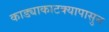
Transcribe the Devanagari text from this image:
काड्याकाटक्यापासुन